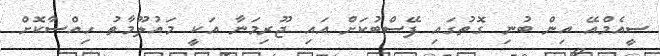
ސީއެމްއޭ އިން ބުނި ގޮތުގައި ފޭސްބުކަށް އައި ޖޫރިމަނާ އަކީ މައުލޫމާތު ހިއްސާކޮށް